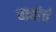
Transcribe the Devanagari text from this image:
बाबांचं